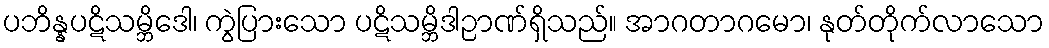
ပဘိန္နပဋိသမ္ဘိဒေါ၊ ကွဲပြားသော ပဋိသမ္ဘိဒါဉာဏ်ရှိသည်။ အာဂတာဂမော၊ နုတ်တိုက်လာသော